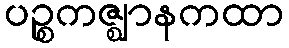
ပဉ္စကဇ္ဈာနကထာ